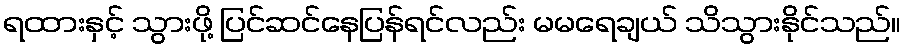
ရထားနှင့် သွားဖို့ ပြင်ဆင်နေပြန်ရင်လည်း မမရေချယ် သိသွားနိုင်သည်။